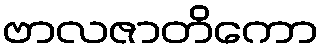
ဗာလဇာတိကော